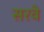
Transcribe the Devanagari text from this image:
सरवे